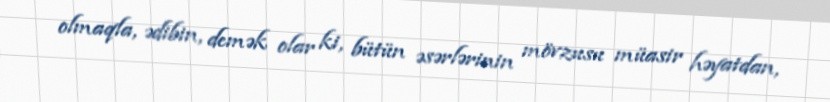
olmaqla, ədibin, demək olar ki, bütün əsərlərinin mövzusu müasir həyatdan,